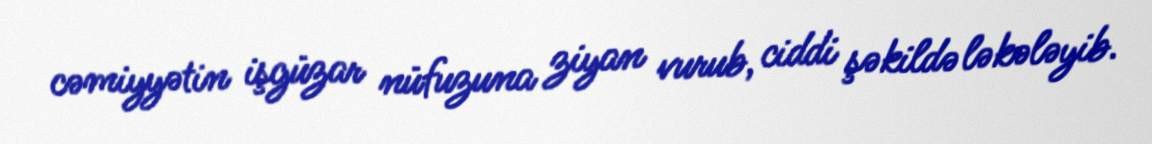
cəmiyyətin işgüzar nüfuzuna ziyan vurub, ciddi şəkildə ləkələyib.